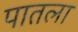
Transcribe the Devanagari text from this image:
पातला